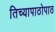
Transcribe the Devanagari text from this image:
तिच्यापाठोपाठ